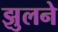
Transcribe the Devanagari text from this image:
झुलने